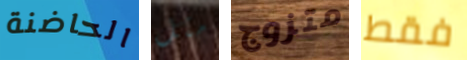
الحاضنة مثل متزوج فقط